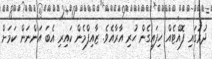
ދުރުގައި ފޮއްޓެއް ހިފައިގެން ހުރި އާރާއެވެ. ޒާއިފްމެން ކައިރި އެބަ އަންނަން ކަމަށް